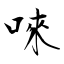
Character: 唻